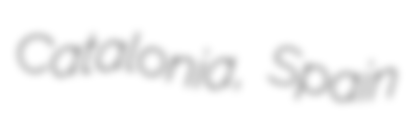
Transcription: Catalonia, Spain